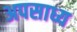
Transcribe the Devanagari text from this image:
अपसाध्य